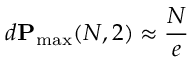
d \mathbf { P } _ { \operatorname* { m a x } } ( N , 2 ) \approx \frac { N } { e }